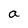
Character: a